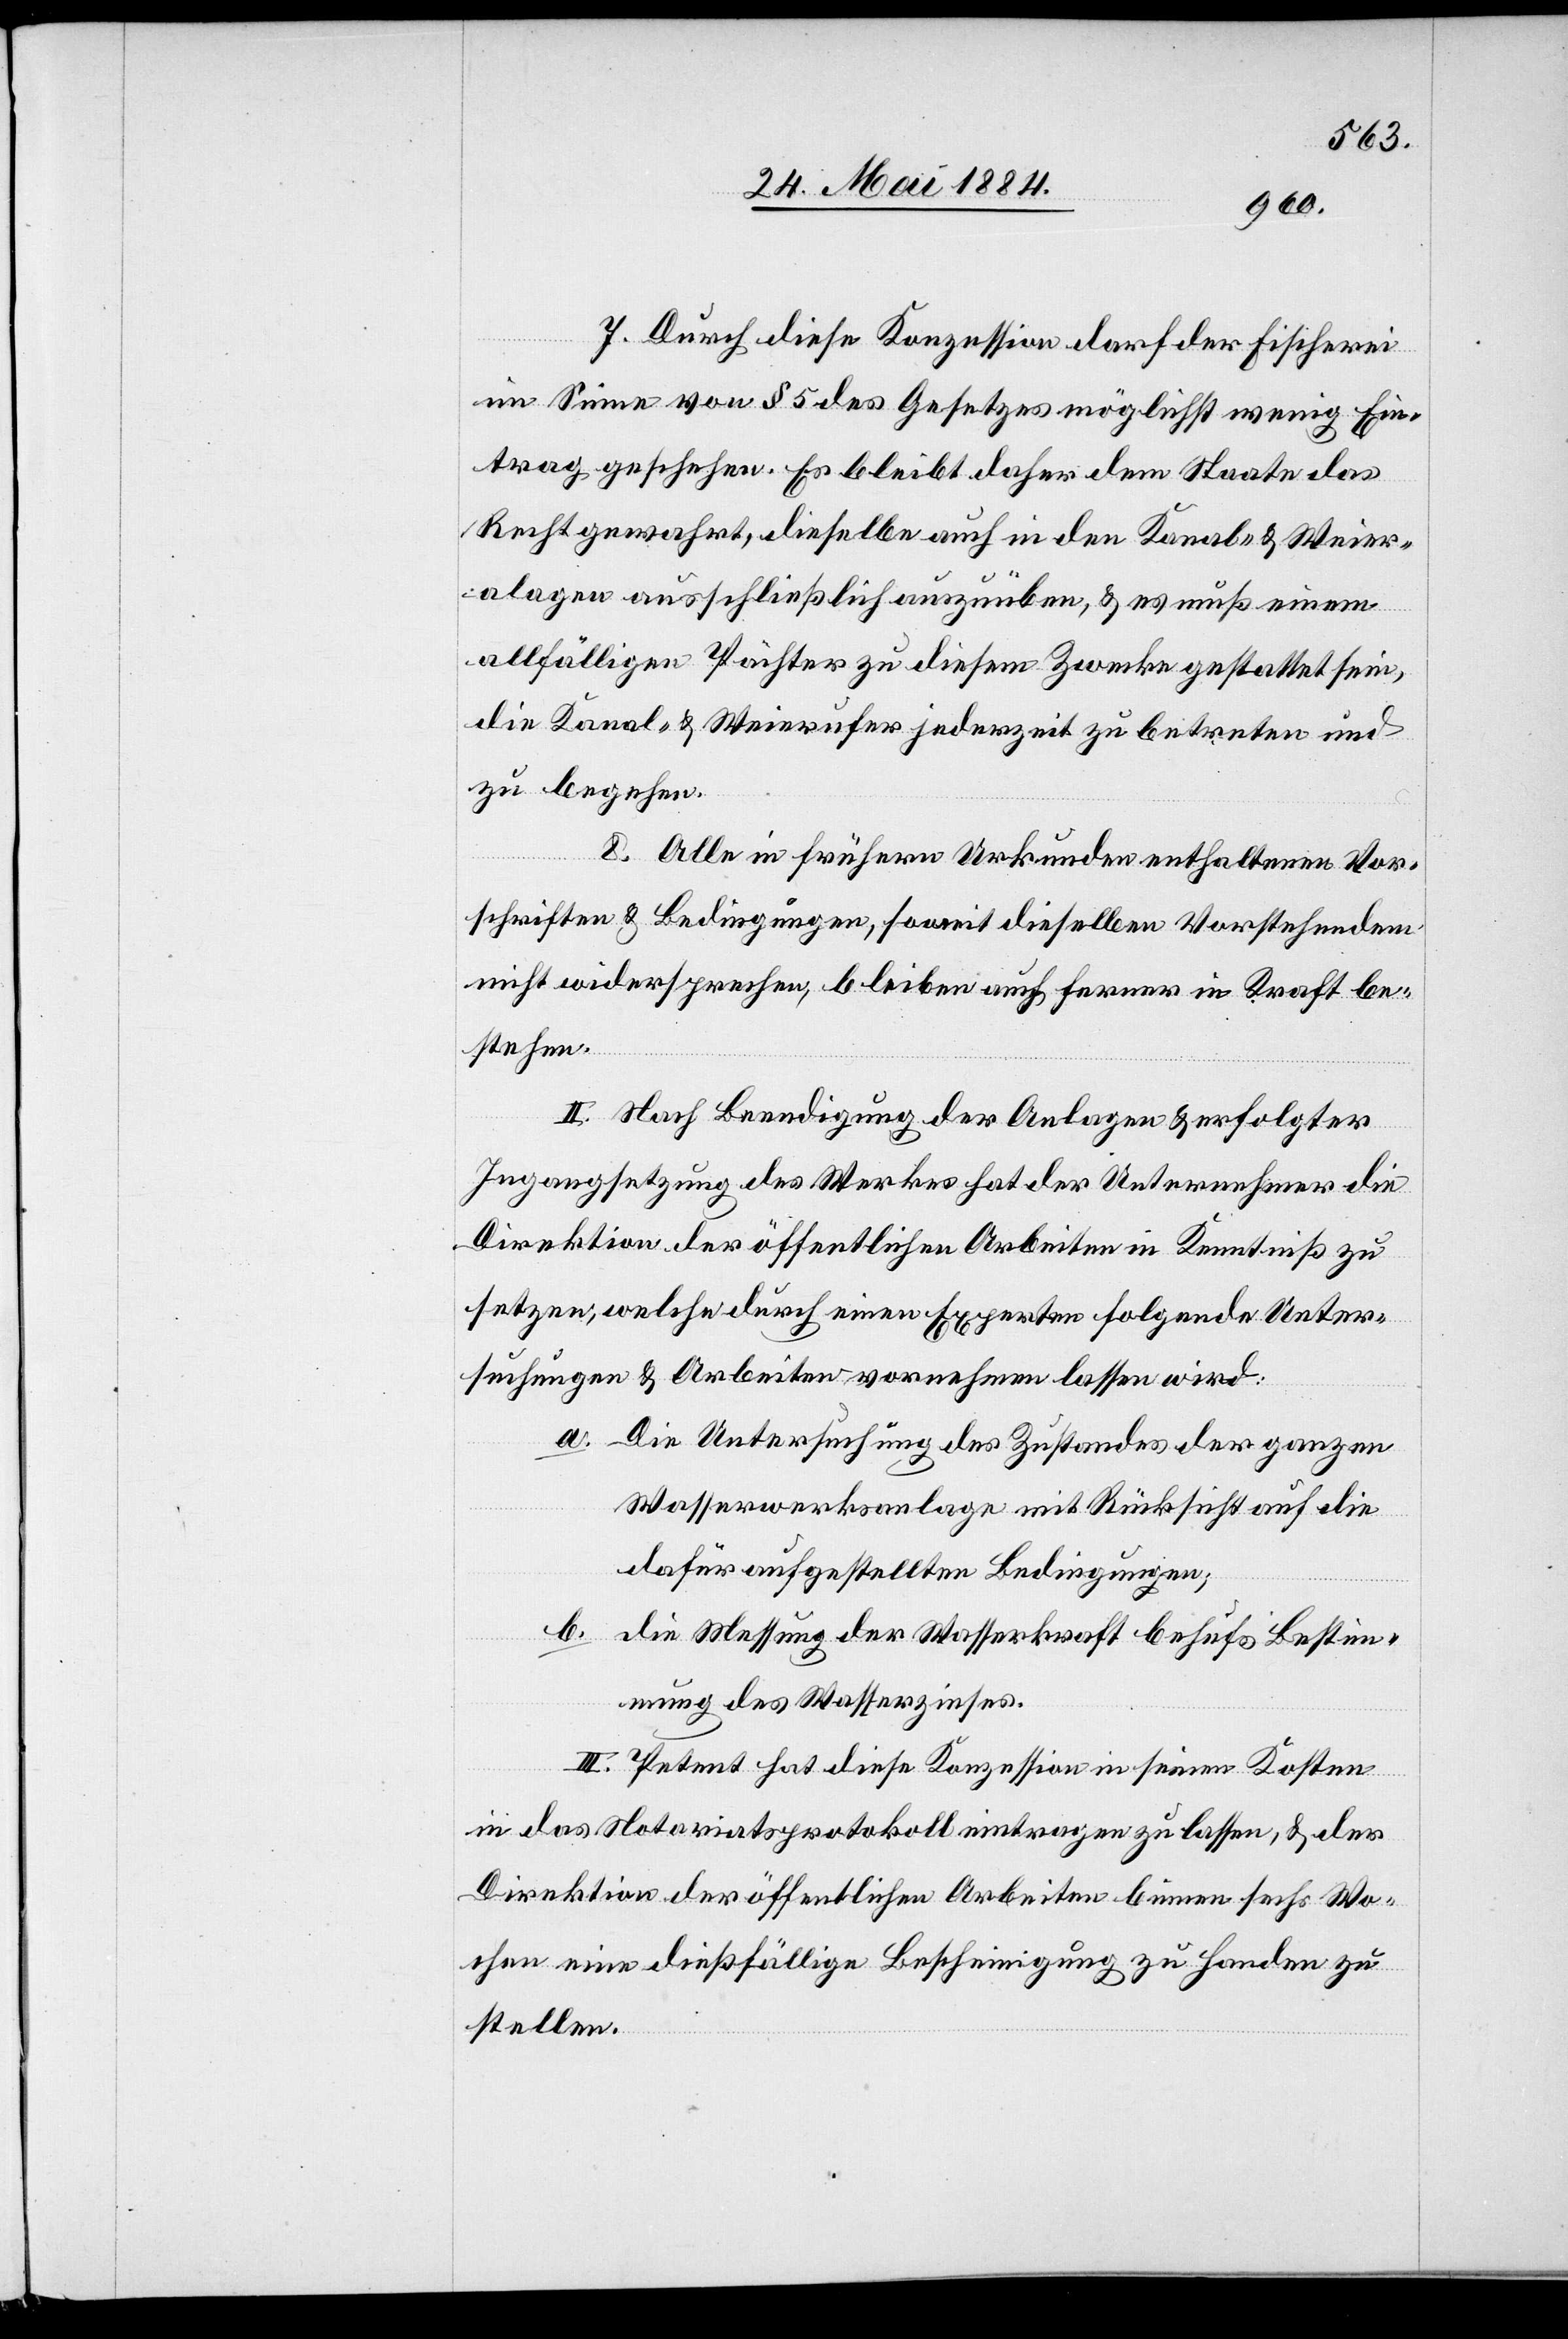
7. Durch diese Konzession darf der Fischerei
im Sinne von § 5 des Gesetzes möglichst wenig Ein¬
trag geschehen. Es bleibt daher dem Staate das
Recht gewahrt, dieselbe auch in den Kanal- & Weier¬
a[n]lagen ausschließlich auszuüben, & es muß einem
allfälligen Pächter zu diesem Zwecke gestattet sein,
die Kanal- & Weierufer jederzeit zu betreten und
zu begehen.
Alle in frühern Urkunden enthaltenen Vor¬
schriften & Bedingungen, soweit dieselben Vorstehenden
nicht widersprechen, bleiben auch ferner in Kraft be¬
stehen.
II. Nach Beendigung der Anlagen & erfolgter
Ingangsetzung des Werkes hat der Unternehmer die
Direktion der öffentlichen Arbeiten in Kenntniß zu
setzen, welche durch einen Experten folgende Unter¬
suchungen & Arbeiten vornehmen lassen wird:
a. Die Untersuchung des Zustandes der ganzen
Wasserwerksanlage mit Rücksicht auf die
dafür aufgestellten Bedingungen;
b. die Messung der Wasserkraft behufs Bestim¬
mung des Wasserzinses.
III. Petent hat diese Konzession in seinen Kosten
in das Notariatsprotokoll eintragen zu lassen, & der
Direktion der öffentlichen Arbeiten binnen sechs Wo¬
chen eine dießfällige Bescheinigung zu Handen zu
stellen.